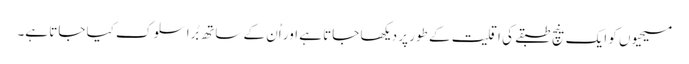
مسیحیوں کو ایک نیچ طبقے کی اقلیت کے طور پر دیکھا جاتا ہے اور اُن کے ساتھ بُرا سلوک کیا جاتا ہے۔